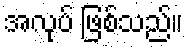
အလုပ် ဖြစ်သည်။